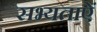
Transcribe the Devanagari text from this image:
सभ्यताऐं